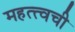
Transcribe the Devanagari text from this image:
महत्त्वची